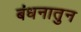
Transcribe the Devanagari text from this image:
बंधनातुन